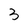
Character: 3